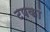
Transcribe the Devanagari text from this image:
टपकां